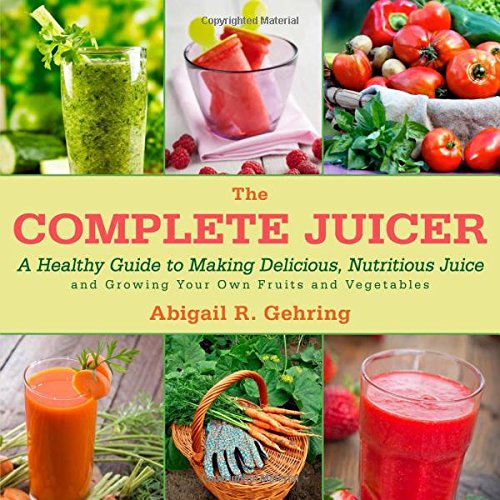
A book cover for The Complete Juicer: A Healthy Guide to Making Delicious, Nutritious Juice and Growing Your Own Fruits and Vegetables; Abigail R. Gehring; Cookbooks, Food & Wine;